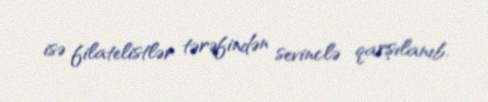
isə filatelistlər tərəfindən sevinclə qarşılanıb.